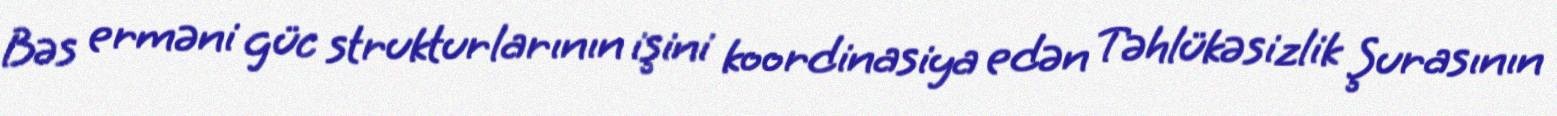
Bəs erməni güc strukturlarının işini koordinasiya edən Təhlükəsizlik Şurasının